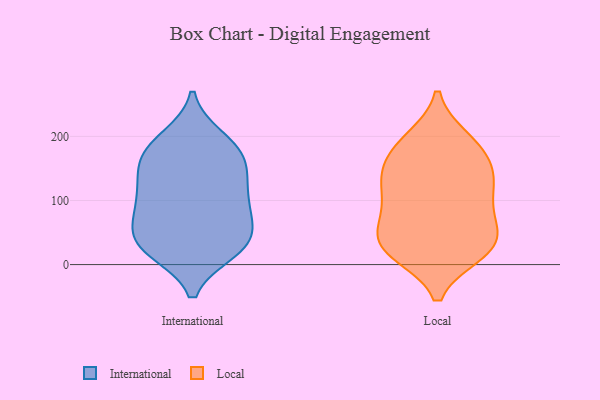
{"axis": {"x": "Page Views", "y": "Value"}, "legend": ["International", "Local"], "data": [{"x": "", "y": 88, "type": "International"}, {"x": "", "y": 37, "type": "International"}, {"x": "", "y": 28, "type": "International"}, {"x": "", "y": 88, "type": "International"}, {"x": "", "y": 23, "type": "International"}, {"x": "", "y": 119, "type": "International"}, {"x": "", "y": 97, "type": "International"}, {"x": "", "y": 142, "type": "International"}, {"x": "", "y": 155, "type": "International"}, {"x": "", "y": 22, "type": "International"}, {"x": "", "y": 170, "type": "International"}, {"x": "", "y": 184, "type": "International"}, {"x": "", "y": 197, "type": "International"}, {"x": "", "y": 184, "type": "International"}, {"x": "", "y": 136, "type": "International"}, {"x": "", "y": 74, "type": "International"}, {"x": "", "y": 50, "type": "International"}, {"x": "", "y": 34, "type": "International"}, {"x": "", "y": 154, "type": "Local"}, {"x": "", "y": 196, "type": "Local"}, {"x": "", "y": 160, "type": "Local"}, {"x": "", "y": 69, "type": "Local"}, {"x": "", "y": 47, "type": "Local"}, {"x": "", "y": 124, "type": "Local"}, {"x": "", "y": 23, "type": "Local"}, {"x": "", "y": 147, "type": "Local"}, {"x": "", "y": 96, "type": "Local"}, {"x": "", "y": 126, "type": "Local"}, {"x": "", "y": 18, "type": "Local"}, {"x": "", "y": 83, "type": "Local"}, {"x": "", "y": 24, "type": "Local"}, {"x": "", "y": 27, "type": "Local"}, {"x": "", "y": 194, "type": "Local"}, {"x": "", "y": 24, "type": "Local"}, {"x": "", "y": 57, "type": "Local"}, {"x": "", "y": 120, "type": "Local"}, {"x": "", "y": 185, "type": "Local"}]}